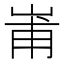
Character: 𭖢